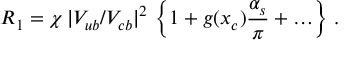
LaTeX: R _ { 1 } = \chi \, | V _ { u b } / V _ { c b } | ^ { 2 } \, \left\{ 1 + g ( x _ { c } ) { \frac { \alpha _ { s } } { \pi } } + \ldots \right\} \, .